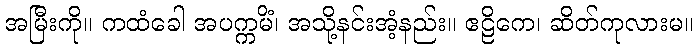
အမြီးကို။ ကထံခေါ အပက္ကမိံ၊ အသို့နင်းအံ့နည်း။ ဧဠိကေ၊ ဆိတ်ကုလားမ။